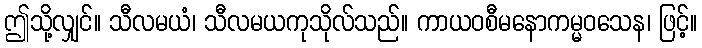
ဤသို့လျှင်။ သီလမယံ၊ သီလမယကုသိုလ်သည်။ ကာယဝစီမနောကမ္မဝသေန၊ ဖြင့်။